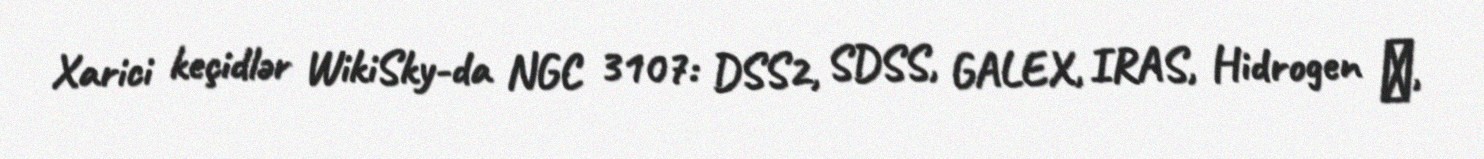
Xarici keçidlər WikiSky-da NGC 3107: DSS2, SDSS, GALEX, IRAS, Hidrogen α,